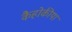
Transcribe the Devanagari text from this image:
कैहोकीया